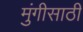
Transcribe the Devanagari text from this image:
मुंगीसाठी